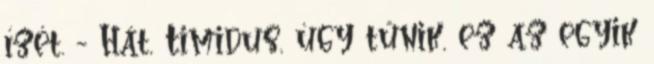
ízét. - Hát, Timidus, úgy tűnik, ez az egyik